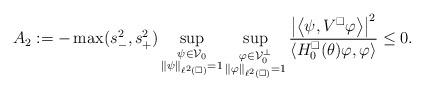
LaTeX: \begin{align*} A_2:= - \max(s_-^2,s_+^2) \sup_{\substack{\psi \in \mathcal V_0 \\ \|\psi\|_{\ell^2(\square)} = 1}} \sup_{\substack{\varphi \in \mathcal V_0^\perp \\ \|\varphi\|_{\ell^2(\square)} = 1}} \frac{\left| \left\langle \psi, V^\square \varphi \right\rangle \right|^2}{\left\langle H^\square_0(\theta) \varphi, \varphi \right\rangle} \leq 0.\end{align*}